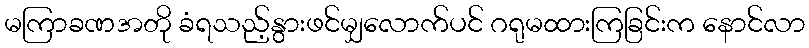
မကြာခဏအတို ခံရသည့်နွားဖင်မျှလောက်ပင် ဂရုမထားကြခြင်းက နောင်လာ